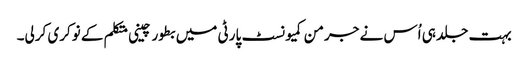
بہت جلد ہی اُس نے جرمن کمیونسٹ پارٹی میں بطور چینی متکلم کے نوکری کرلی۔